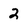
Character: 2